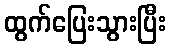
ထွက်ပြေးသွားပြီး